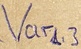
Text: Varl3